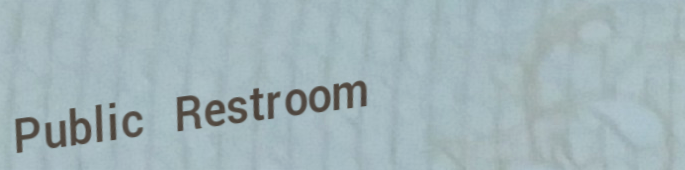
Public Restroom